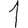
Digit: 1